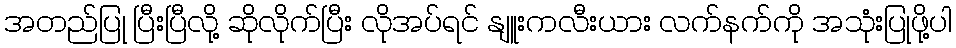
အတည်ပြု ပြီးပြီလို့ ဆိုလိုက်ပြီး လိုအပ်ရင် နျူးကလီးယား လက်နက်ကို အသုံးပြုဖို့ပါ